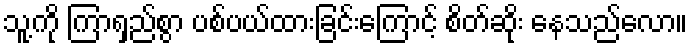
သူ့ကို ကြာရှည်စွာ ပစ်ပယ်ထားခြင်းကြောင့် စိတ်ဆိုး နေသည်လော။